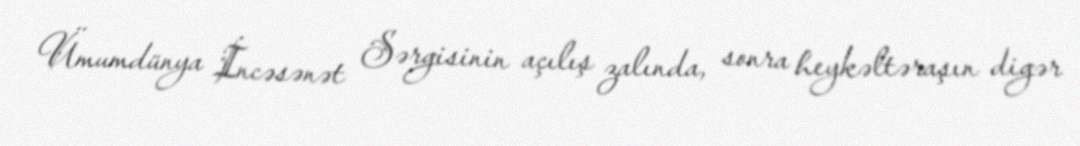
Ümumdünya İncəsənət Sərgisinin açılış zalında, sonra heykəltəraşın digər